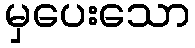
မှပေးသော